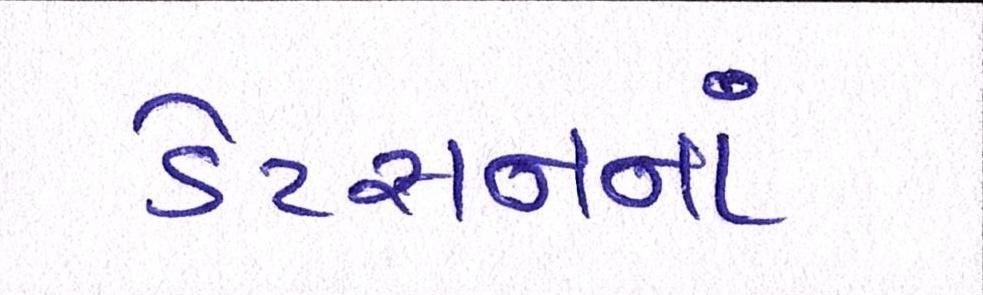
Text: ડેટસનનાં